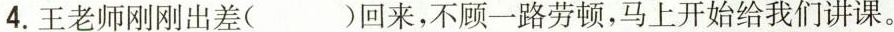
4.王老师刚刚出\underset{·}{差}( )回来，不顾一路劳顿，马上开始给我们讲课。